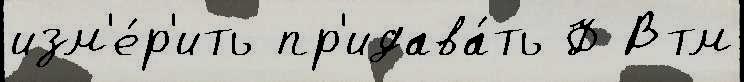
изм'е́р'ить пр'идава́ть Ф Втм